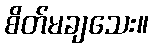
စိတ်မချသေး။